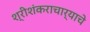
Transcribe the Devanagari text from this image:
श्रीशंकराचार्याचे